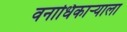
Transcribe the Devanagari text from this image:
वनाधिकाऱ्याला